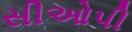
સીઓપી